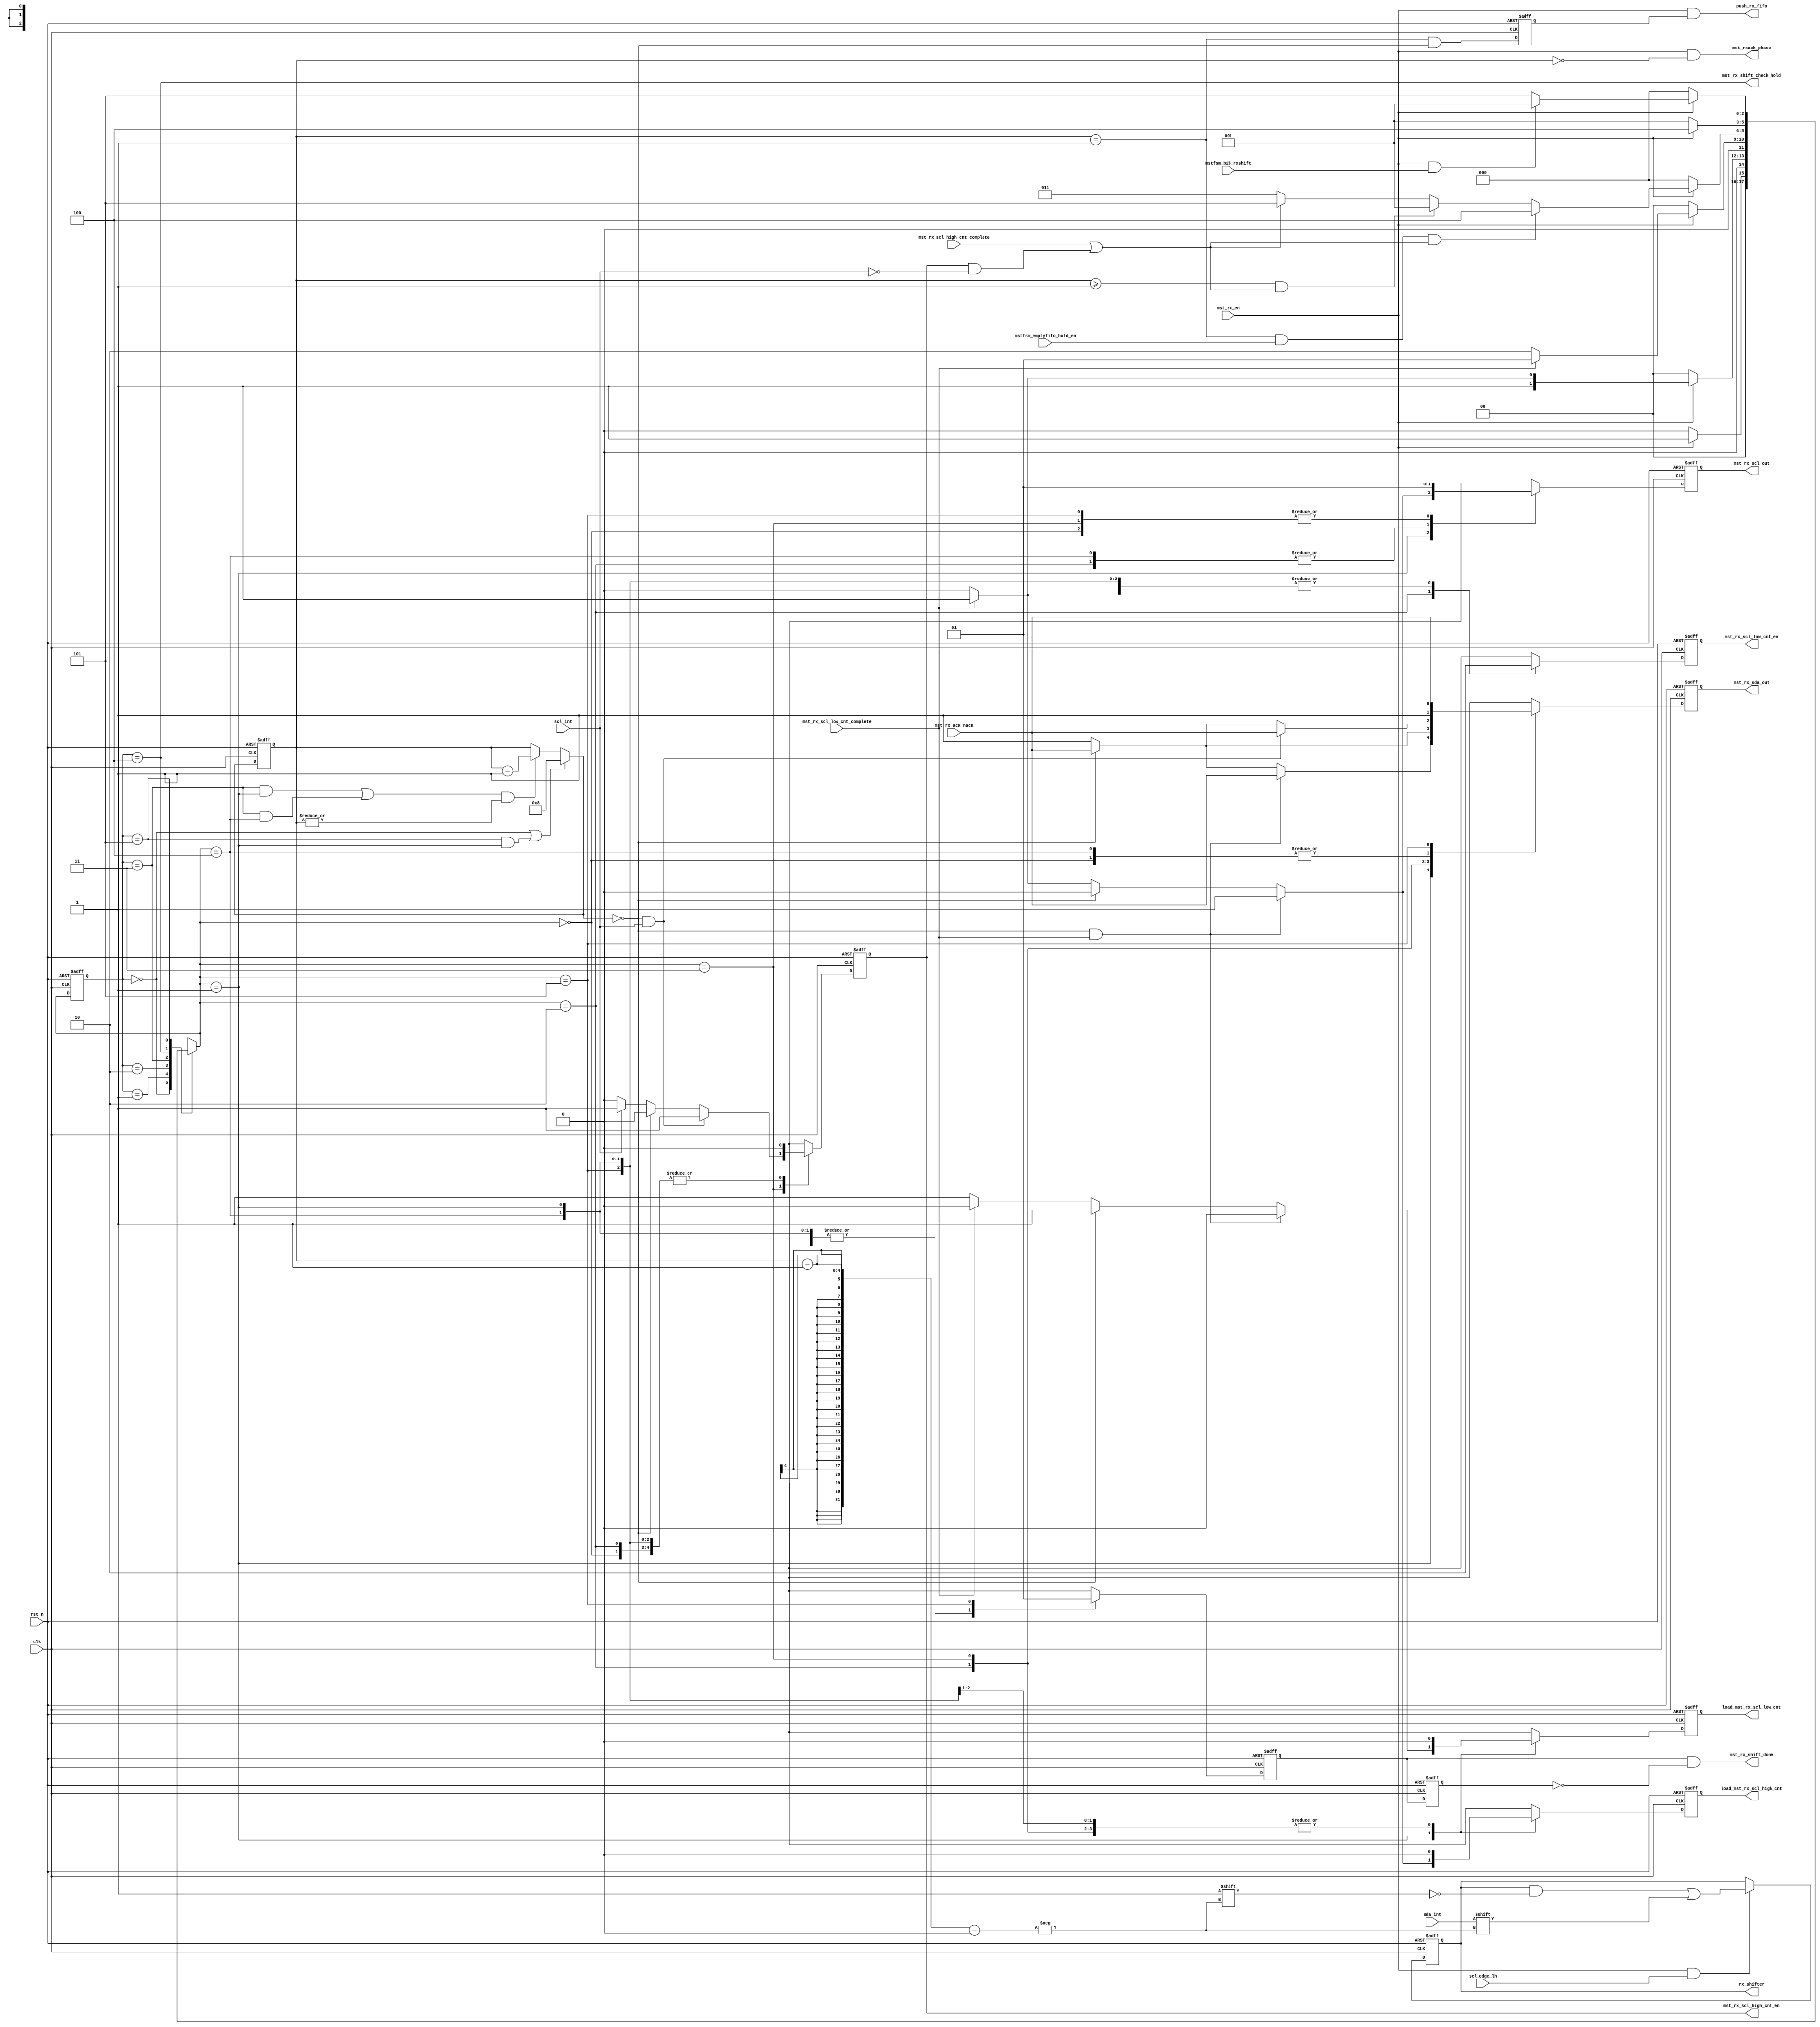
// (C) 2001-2018 Intel Corporation. All rights reserved.
// Your use of Intel Corporation's design tools, logic functions and other 
// software and tools, and its AMPP partner logic functions, and any output 
// files from any of the foregoing (including device programming or simulation 
// files), and any associated documentation or information are expressly subject 
// to the terms and conditions of the Intel Program License Subscription 
// Agreement, Intel FPGA IP License Agreement, or other applicable 
// license agreement, including, without limitation, that your use is for the 
// sole purpose of programming logic devices manufactured by Intel and sold by 
// Intel or its authorized distributors.  Please refer to the applicable 
// agreement for further details.


// synthesis translate_off
`timescale 1ns / 1ps
// synthesis translate_on

module altera_avalon_i2c_rxshifter (
    input               clk,
    input               rst_n,
    input               mst_rx_scl_high_cnt_complete,
    input               mst_rx_scl_low_cnt_complete,
    input               mst_rx_en,
    input               scl_int,
    input               sda_int,
    input               mstfsm_emptyfifo_hold_en,
    input               scl_edge_lh,
    input               mstfsm_b2b_rxshift,
    input               mst_rx_ack_nack,

    output              push_rx_fifo,
    output reg          mst_rx_scl_high_cnt_en,
    output reg          mst_rx_scl_low_cnt_en,
    output              mst_rx_shift_done,
    output              mst_rx_shift_check_hold,
    output reg          mst_rx_scl_out,
    output reg          mst_rx_sda_out,
    output reg          load_mst_rx_scl_high_cnt,
    output reg          load_mst_rx_scl_low_cnt,
    output reg [7:0]    rx_shifter,
    output              mst_rxack_phase

);


parameter IDLE          = 3'b000;
parameter RX_CLK_LOAD   = 3'b001;
parameter RX_CLK_LOW    = 3'b010;
parameter RX_CLK_HIGH   = 3'b011;
parameter RX_HOLD       = 3'b100; 
parameter RX_DONE       = 3'b101;


// wires & registers declaration
reg [2:0]           rx_shiftfsm_state, rx_shiftfsm_nx_state;
reg [3:0]	    rx_shiftbit_counter;
reg [3:0]	    rx_shiftbit_counter_nxt;
reg                 push_rx_fifo_en_flp;
reg                 mst_rx_shift_done_gen;
reg                 mst_rx_shift_done_gen_dly;

wire [3:0]	    rx_shiftbit_counter_init;
wire 		    rx_idle_state;
wire 		    rx_done_state;
wire 		    rx_clk_high_state;
wire 		    rx_clk_load_nx_state;
wire 		    arc_rx_done_load;
wire 		    arc_rx_clk_high_load;
wire		    rx_clk_hold_state;
wire		    rx_clk_hold_nx_state;
wire		    arc_rx_clk_high_hold;
wire 		    load_cnt;
wire 		    decr_cnt;
wire                push_rx_fifo_en;
wire                rx_shiftbit_counter_notzero;


assign mst_rxack_phase          = mst_rx_en & (rx_shiftbit_counter == 4'b0000);

assign rx_idle_state            = (rx_shiftfsm_state == IDLE);
assign rx_done_state            = (rx_shiftfsm_state == RX_DONE);
assign rx_clk_high_state        = (rx_shiftfsm_state == RX_CLK_HIGH);
assign rx_clk_hold_state        = (rx_shiftfsm_state == RX_HOLD);

assign rx_clk_load_nx_state     = (rx_shiftfsm_nx_state == RX_CLK_LOAD);
assign rx_clk_hold_nx_state     = (rx_shiftfsm_nx_state == RX_HOLD);

assign arc_rx_done_load         = rx_done_state & rx_clk_load_nx_state;
assign arc_rx_clk_high_load	= rx_clk_high_state & rx_clk_load_nx_state;
assign arc_rx_clk_high_hold	= rx_clk_high_state & rx_clk_hold_nx_state;

assign load_cnt                 = rx_idle_state | arc_rx_done_load;
assign decr_cnt                 = (arc_rx_clk_high_load | arc_rx_clk_high_hold) & rx_shiftbit_counter_notzero;

assign rx_shiftbit_counter_notzero = | rx_shiftbit_counter;

assign push_rx_fifo		= mst_rx_en & push_rx_fifo_en_flp;

assign push_rx_fifo_en          = (rx_shiftbit_counter == 4'b0001) & (rx_shiftbit_counter_nxt == 4'b0000);

assign mst_rx_shift_check_hold  = rx_clk_hold_state;

assign rx_shiftbit_counter_init = 4'b1000;

always @(posedge clk or negedge rst_n) begin
    if(!rst_n)
        push_rx_fifo_en_flp <= 1'b0;
    else
        push_rx_fifo_en_flp <= push_rx_fifo_en;
end

always @* begin
    if (load_cnt)
        rx_shiftbit_counter_nxt = rx_shiftbit_counter_init;
    else if (decr_cnt)
        rx_shiftbit_counter_nxt = rx_shiftbit_counter - 4'b0001;
    else
        rx_shiftbit_counter_nxt = rx_shiftbit_counter;
end


// bit number counter
always @(posedge clk or negedge rst_n) begin
    if(!rst_n)
        rx_shiftbit_counter <= 4'b1000;
    else
        rx_shiftbit_counter <= rx_shiftbit_counter_nxt;
end




// TX shifter fsm 
always @(posedge clk or negedge rst_n) begin
    if (!rst_n)
       rx_shiftfsm_state <= IDLE;
    else
       rx_shiftfsm_state <= rx_shiftfsm_nx_state;
end

always @* begin
    case(rx_shiftfsm_state)
        IDLE	: begin
            if (mst_rx_en)
                rx_shiftfsm_nx_state = RX_CLK_LOAD;
	    else 
	    	rx_shiftfsm_nx_state = IDLE;
	end

	RX_CLK_LOAD : begin
	    if (~mst_rx_en)
		rx_shiftfsm_nx_state = IDLE;
	    else if (mst_rx_scl_low_cnt_complete)
		rx_shiftfsm_nx_state = RX_CLK_HIGH;
	    else 
		rx_shiftfsm_nx_state = RX_CLK_LOW;
	end

	RX_CLK_LOW : begin
	    if (~mst_rx_en)
		rx_shiftfsm_nx_state = IDLE;
	    else if (mst_rx_scl_low_cnt_complete)
		rx_shiftfsm_nx_state = RX_CLK_LOAD;
	    else 
		rx_shiftfsm_nx_state = RX_CLK_LOW;
	end

	RX_CLK_HIGH : begin 
	    if (~mst_rx_en) 
	    	rx_shiftfsm_nx_state = IDLE;
	    else if ((rx_shiftbit_counter == 4'b0001) & mstfsm_emptyfifo_hold_en & (mst_rx_scl_high_cnt_complete | (mst_rx_scl_high_cnt_en & ~scl_int)))
	    	rx_shiftfsm_nx_state = RX_HOLD;
	    else if ((rx_shiftbit_counter >= 4'b0001) & (mst_rx_scl_high_cnt_complete | (mst_rx_scl_high_cnt_en & ~scl_int)))
	    	rx_shiftfsm_nx_state = RX_CLK_LOAD;
	    else if (mst_rx_scl_high_cnt_complete | (mst_rx_scl_high_cnt_en & ~scl_int))
	    	rx_shiftfsm_nx_state = RX_DONE;
	    else
	    	rx_shiftfsm_nx_state = RX_CLK_HIGH;
	end

	RX_HOLD	: begin
	    if (~mst_rx_en)
		rx_shiftfsm_nx_state = RX_CLK_LOAD; 
	    else 
		rx_shiftfsm_nx_state = RX_HOLD;
	end 

	RX_DONE	: begin
	    if (~mst_rx_en)
		rx_shiftfsm_nx_state = IDLE;
            else if (mst_rx_en & mstfsm_b2b_rxshift)
		rx_shiftfsm_nx_state = RX_CLK_LOAD;
	    else
		rx_shiftfsm_nx_state = RX_DONE;
	end

	default: rx_shiftfsm_nx_state = 3'bx;
      endcase
  end



always @(posedge clk or negedge rst_n) begin
    if (!rst_n) begin
        mst_rx_scl_high_cnt_en      <= 1'b0;
	mst_rx_scl_low_cnt_en       <= 1'b0;
	mst_rx_shift_done_gen       <= 1'b0;
	mst_rx_scl_out              <= 1'b1;
	mst_rx_sda_out              <= 1'b1;
	load_mst_rx_scl_high_cnt    <= 1'b0;
	load_mst_rx_scl_low_cnt     <= 1'b0;
    end
    else begin
	case(rx_shiftfsm_nx_state)
            IDLE : begin
                mst_rx_scl_high_cnt_en      <= 1'b0;
                mst_rx_scl_low_cnt_en       <= 1'b0;
                mst_rx_shift_done_gen       <= 1'b0;
                mst_rx_scl_out              <= 1'b1;
                mst_rx_sda_out              <= 1'b1;
                load_mst_rx_scl_high_cnt    <= 1'b0;
                load_mst_rx_scl_low_cnt     <= 1'b0;
	    end

            RX_CLK_LOAD : begin
                mst_rx_scl_high_cnt_en      <= 1'b0;
                mst_rx_scl_low_cnt_en       <= 1'b0;
                mst_rx_shift_done_gen       <= 1'b0;
		
                if ((rx_shiftbit_counter_nxt == 4'b0000) & mst_rx_scl_low_cnt_complete) begin
		    mst_rx_scl_out              <= 1'b1;
		    mst_rx_sda_out              <= mst_rx_ack_nack;
		    load_mst_rx_scl_high_cnt    <= 1'b1;
		    load_mst_rx_scl_low_cnt     <= 1'b0;
		 end
                 else if (rx_shiftbit_counter_nxt == 4'b0000) begin
		    mst_rx_scl_out              <= 1'b0;
                    mst_rx_sda_out              <= mst_rx_ack_nack;
		    load_mst_rx_scl_high_cnt    <= 1'b0;
		    load_mst_rx_scl_low_cnt     <= 1'b1;
                 end
                 else if (mst_rx_scl_low_cnt_complete) begin
                    mst_rx_scl_out              <= 1'b1;
                    mst_rx_sda_out              <= 1'b1;
		    load_mst_rx_scl_high_cnt    <= 1'b1;
		    load_mst_rx_scl_low_cnt     <= 1'b0;
                 end
		 else begin
                    mst_rx_scl_out              <= 1'b0;
                    mst_rx_sda_out              <= 1'b1;
		    load_mst_rx_scl_high_cnt    <= 1'b0;
		    load_mst_rx_scl_low_cnt     <= 1'b1;
                 end
	    end

	    RX_CLK_LOW : begin
                mst_rx_scl_high_cnt_en      <= 1'b0;
                mst_rx_scl_low_cnt_en       <= 1'b1;
                mst_rx_shift_done_gen       <= 1'b0;
                mst_rx_scl_out              <= 1'b0;
                load_mst_rx_scl_high_cnt    <= 1'b0;
                load_mst_rx_scl_low_cnt     <= 1'b0;

		if (rx_shiftbit_counter_nxt == 4'b0000)  // 4'b000 is ACK waiting bit
		    mst_rx_sda_out <= mst_rx_ack_nack;
		else
		    mst_rx_sda_out <= 1'b1;
	    end

            RX_CLK_HIGH : begin
                mst_rx_scl_low_cnt_en       <= 1'b0;
                mst_rx_shift_done_gen       <= 1'b0;
                mst_rx_scl_out              <= 1'b1;
                load_mst_rx_scl_high_cnt    <= 1'b0;
                load_mst_rx_scl_low_cnt     <= 1'b0;
	        
                if ((rx_shiftbit_counter_nxt == 4'b0000) & scl_int) begin	// FIXME: CLK synchronization to SCL is one clock after
		    mst_rx_sda_out          <= mst_rx_ack_nack;
		    mst_rx_scl_high_cnt_en  <= 1'b1;
		end
		else if (rx_shiftbit_counter_nxt == 4'b0000) begin
                    mst_rx_sda_out          <= mst_rx_ack_nack;
		    mst_rx_scl_high_cnt_en  <= 1'b0;
		end
		else if (scl_int) begin
                    mst_rx_sda_out          <= 1'b1;
                    mst_rx_scl_high_cnt_en  <= 1'b1;
		end
		else begin
                    mst_rx_sda_out          <= 1'b1;
                    mst_rx_scl_high_cnt_en  <= 1'b0;
		end
            end

            RX_HOLD : begin
                mst_rx_scl_high_cnt_en      <= 1'b0;
                mst_rx_scl_low_cnt_en       <= 1'b0;
                mst_rx_sda_out              <= 1'b1;
                mst_rx_shift_done_gen       <= 1'b0;
                mst_rx_scl_out              <= 1'b0;
                load_mst_rx_scl_high_cnt    <= 1'b0;
                load_mst_rx_scl_low_cnt     <= 1'b0;
	    end

	    RX_DONE : begin
                mst_rx_scl_high_cnt_en      <= 1'b0;
                mst_rx_scl_low_cnt_en       <= 1'b0;
                mst_rx_scl_out              <= 1'b1;
                load_mst_rx_scl_high_cnt    <= 1'b0;
                load_mst_rx_scl_low_cnt     <= 1'b0;
	        mst_rx_shift_done_gen       <= 1'b1;
		mst_rx_sda_out              <= mst_rx_ack_nack;
	    end

	    default: begin
		 mst_rx_scl_high_cnt_en     <= 1'bx;
		 mst_rx_scl_low_cnt_en      <= 1'bx;
		 mst_rx_sda_out             <= 1'bx;
		 mst_rx_shift_done_gen      <= 1'bx;
		 mst_rx_scl_out             <= 1'bx;
		 load_mst_rx_scl_high_cnt   <= 1'bx;
		 load_mst_rx_scl_low_cnt    <= 1'bx;
	    end
	  endcase
	end
  end


always @(posedge clk or negedge rst_n) begin
    if (!rst_n)
        rx_shifter <= 8'h0;
    else if (mst_rx_en & scl_edge_lh)
        rx_shifter[rx_shiftbit_counter - 1] <= sda_int;
end


always @(posedge clk or negedge rst_n) begin
    if (!rst_n) begin
        mst_rx_shift_done_gen_dly   <= 1'b0;
    end
    else begin
        mst_rx_shift_done_gen_dly   <= mst_rx_shift_done_gen;
    end
end

assign mst_rx_shift_done    = mst_rx_shift_done_gen & ~mst_rx_shift_done_gen_dly;




endmodule